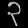
Digit: ၃